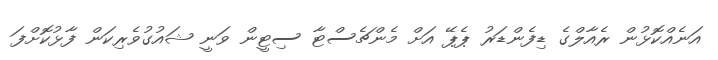
އަނެއްކޮޅުން ރެއާލްގެ ޑިފެންޑަރު ޕެޕޭ އަށް މެންޗެސްޓާ ސިޓީން ވަނީ ޝައުގުވެރިކަން ފާޅުކޮށްފަ